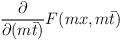
LaTeX: \begin{align*}\frac{\partial}{\partial (m \bar t)} F(m x,m \bar t)\end{align*}